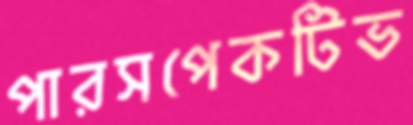
পারসপেকটিভ